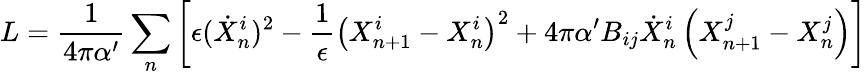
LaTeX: L=\frac{1}{4\pi\alpha^{\prime}}\sum_{n}\left[\epsilon(\dot{X}_{n}^{i})^{2}-\frac{1}{\epsilon}\left(X_{n+1}^{i}-X_{n}^{i}\right)^{2}+4\pi\alpha^{\prime}B_{ij}\dot{X}_{n}^{i}\left(X_{n+1}^{j}-X_{n}^{j}\right)\right]